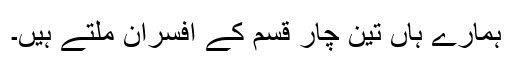
ہمارے ہاں تین چار قسم کے افسران ملتے ہیں۔